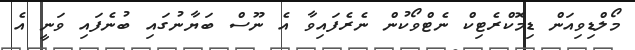
މޯލްޑިވިއަން ޑިމޮކްރެޓިކް ނެޓްވޯކުން ނެރެފައިވާ އެ ނޫސް ބަޔާނުގައި ބުނެފައި ވަނީ އެ